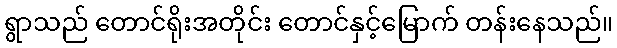
ရွာသည် တောင်ရိုးအတိုင်း တောင်နှင့်မြောက် တန်းနေသည်။